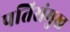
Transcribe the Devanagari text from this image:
पतिसंमुख